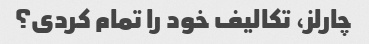
چارلز، تکالیف خود را تمام کردی؟